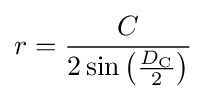
r={\frac {C}{2\sin \left({\frac {D_{\text{C}}}{2}}\right)}}